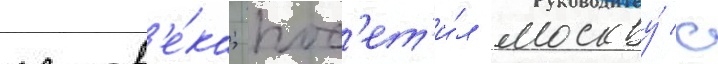
челов'е́ка; пос'ет'и́л москву́ с